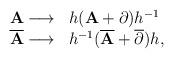
LaTeX: \begin{align*}\begin{array}{ll} {\bf A}\longrightarrow & h({\bf A}+ \partial ) h^{-1}\\\overline {\bf A} \longrightarrow & h^{-1} ( {\overline {\bf A} }+\overline {\partial }) h,\\\end{array}\end{align*}